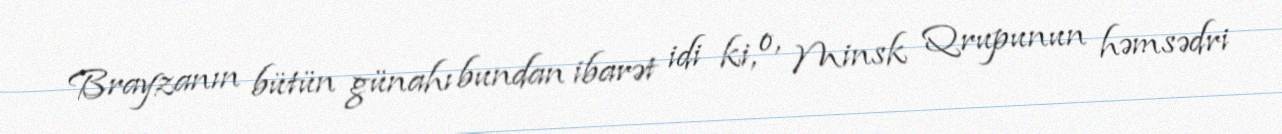
Brayzanın bütün günahı bundan ibarət idi ki, o, Minsk Qrupunun həmsədri